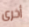
أخرى